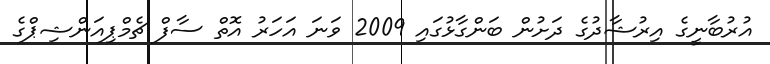
އުރުބާނީގެ އިރުޝާދުގެ ދަށުން ބަންގާޅުގައި 2009 ވަނަ އަހަރު އޮތް ސާފް ޗެމްޕިއަންޝިޕްގެ